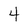
Character: 4